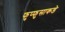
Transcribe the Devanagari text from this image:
फुप्फुसाकडे